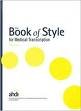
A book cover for The Aamt Book of Style 3rd Edition Ahdi for Medical Transcription; MT/CMT FAAMT Laura Bryan MT/CMT FAAMT; Brenda Hurley; Medical Books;